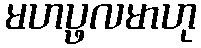
မဟပ္ဖလမာဟု